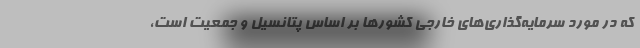
که در مورد سرمایه‌گذاری‌های خارجی کشورها بر اساس پتانسیل و جمعیت است،